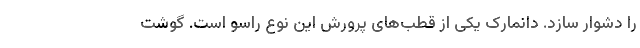
را دشوار سازد. دانمارک یکی از قطب‌های پرورش این نوع راسو است. گوشت